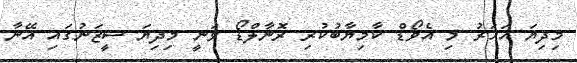
މިދިޔަ އަހަރު މި އެވޯޑް ކާމިޔާބުކުރި ރޮނާލްޑޯ ވަނީ މިދިޔަ ސީޒަނުގައި އޭނާ